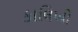
કાલિખો